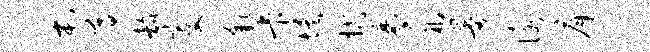
屯尊韶变彩卡埃拭黍祸曼咏戽